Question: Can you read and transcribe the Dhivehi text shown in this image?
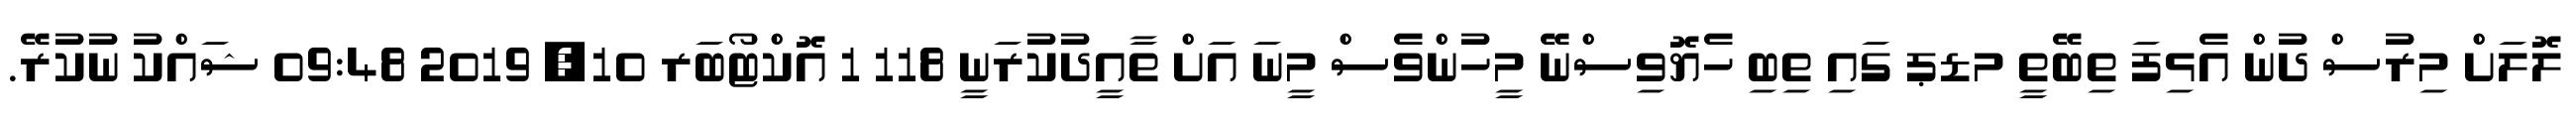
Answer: ލޮލަށް މިރުސް ދުން އެޅިފަ ތިބޭތީ މޑޕ ގައި ތިބި ހެޔޮވިސްނޭ މީހުންވެސް މީނަ އަށް ތާއީދުކުރަނީ 118 1 އޮކްޓޯބަރ 10, 2019 09:48 ޝައްކު ނުކުރޭ.